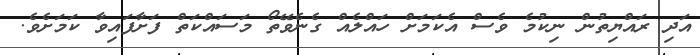
އަދި ރައްޔިތުން ނިކުމެ ވެސް އެކަމަށް ހައްލެއް ގެނެވޭތޯ މަސައްކަތް ފަށާފައިވާ ކަމަށެވެ.